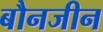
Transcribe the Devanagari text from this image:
बौनजीन